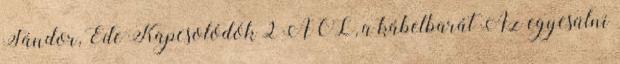
Sándor, Ede Kapcsolódók 2 AOL, a kábelbarát Az egyesülni